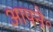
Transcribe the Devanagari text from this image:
आपने॰